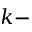
k -